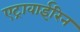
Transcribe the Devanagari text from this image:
एट्रावाईरिन